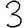
Digit: 3